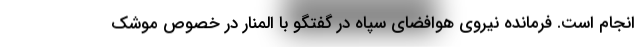
انجام است. فرمانده نیروی هوافضای سپاه در گفتگو با المنار در خصوص موشک